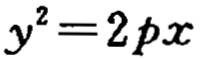
\(y^{2}=2px\)